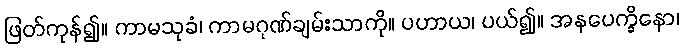
ဖြတ်ကုန်၍။ ကာမသုခံ၊ ကာမဂုဏ်ချမ်းသာကို။ ပဟာယ၊ ပယ်၍။ အနပေက္ခိနော၊